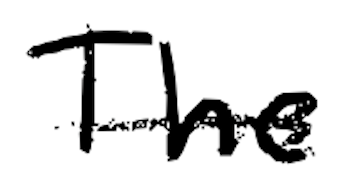
Text: The
Cross-out: single-line
Writing tool: digital_black